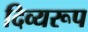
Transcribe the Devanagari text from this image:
दिव्यरूप